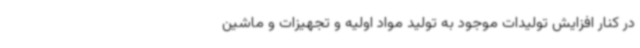
در کنار افزایش تولیدات موجود به تولید مواد اولیه و تجهیزات و ماشین